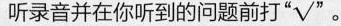
听录音并在你听到的问题前打"√".